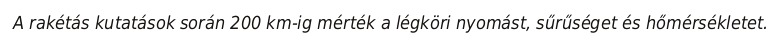
A rakétás kutatások során 200 km-ig mérték a légköri nyomást, sűrűséget és hőmérsékletet.